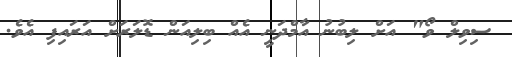
ސިވިލް ވޯ" އަށް ލިބުނު އާމްދަނީ އެއް ބިލިއަން ޑޮލަރަށް އަރައިފި އެވެ.